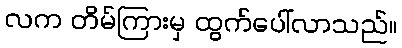
လက တိမ်ကြားမှ ထွက်ပေါ်လာသည်။